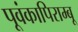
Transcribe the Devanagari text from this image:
पूवंकापिराम्बू